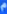
r